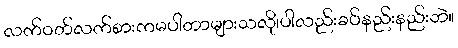
လက်ဝတ်လက်စားကမပါတာများသလို၊ပါလည်းခပ်နည်းနည်းဘဲ။